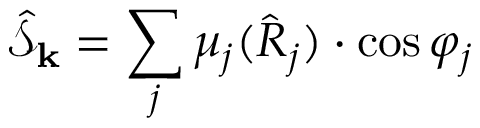
\hat { \mathcal { S } } _ { \mathbf { k } } = \sum _ { j } \mu _ { j } ( \hat { R } _ { j } ) \cdot \cos \varphi _ { j }